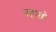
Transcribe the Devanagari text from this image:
वहातो